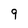
Character: 9